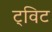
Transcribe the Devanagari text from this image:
ट्‌विट